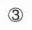
\textcircled{3}